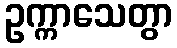
ဥက္ကာသေတွာ